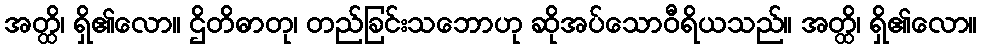
အတ္ထိ၊ ရှိ၏လော။ ဌိတိဓာတု၊ တည်ခြင်းသဘောဟု ဆိုအပ်သောဝီရိယသည်။ အတ္ထိ၊ ရှိ၏လော။